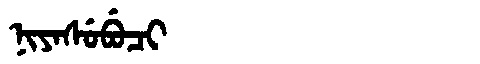
Manchu: ᠨᡳᠶᠠᠰᡠᠪᡠᠴᡳ
Romanization: NIYASUBUCI